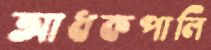
আধকপালি